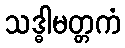
သဒ္ဓါမတ္တကံ